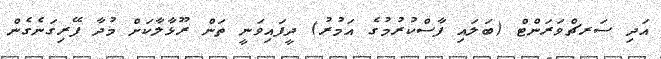
އަދި ސަރޗްވަރަންޓް (ބަލައި ފާސްކުރުމުގެ އަމުރު) ދީފައިވަނީ ތަން ރޫޅާލާކަށް މުދާ ފޭރިގަނެގެން